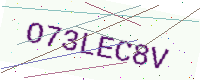
Text: O73LEC8V